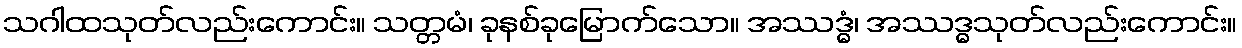
သဂါထသုတ်လည်းကောင်း။ သတ္တမံ၊ ခုနစ်ခုမြောက်သော။ အဿဒ္ဓံ၊ အဿဒ္ဓသုတ်လည်းကောင်း။